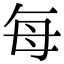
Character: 每